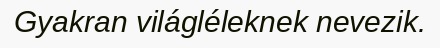
Gyakran világléleknek nevezik.